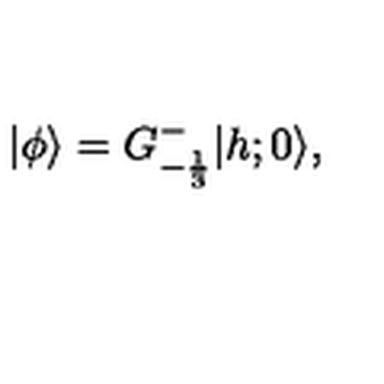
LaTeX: \vert \phi \rangle = G _ { - { \frac { 1 } { 3 } } } ^ { - } \vert { h ; 0 } \rangle { } ,